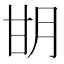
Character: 𰢨